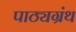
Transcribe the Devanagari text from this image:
पाठ्यग्रंथ